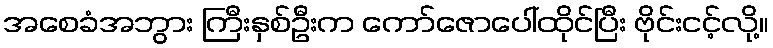
အစေခံအဘွား ကြီးနှစ်ဦးက ကော်ဇောပေါ်ထိုင်ပြီး ဗိုင်းငင့်လို့။